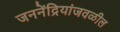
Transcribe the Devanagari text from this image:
जननेंद्रियांजवळील